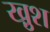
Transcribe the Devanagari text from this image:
खु़श